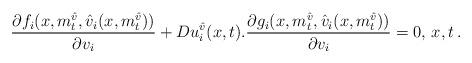
LaTeX: \begin{align*}\dfrac{\partial f_{i}(x,m^{\hat v}_{t},\hat{v}_{i}(x,m^{\hat v}_{t}))}{\partial v_{i}}+Du^{\hat v}_{i}(x,t).\dfrac{\partial g_{i}(x,m^{\hat v}_{t},\hat{v}_{i}(x,m^{\hat v}_{t}))}{\partial v_{i}}=0,\,x,t \, .\end{align*}